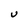
Character: U